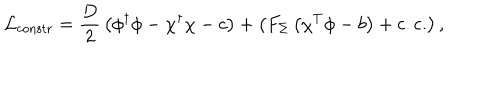
{ \cal L } _ { \mathrm { c o n s t r } } = { \frac { D } { 2 } } \left( \phi ^ { \dagger } \phi - \chi ^ { \dagger } \chi - c \right) + \left( F _ { \Sigma } \left( \chi ^ { T } \phi - b \right) + \mathrm { c . c . } \right) ,